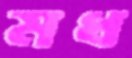
মধ